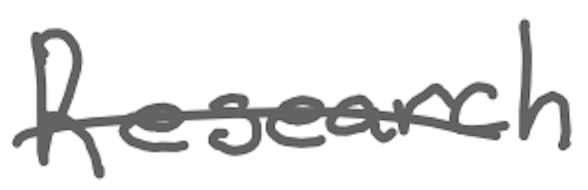
Text: Research
Cross-out: single-line
Writing tool: digital_gray